Source: Computer-generated
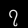
Digit: ၇ (7)